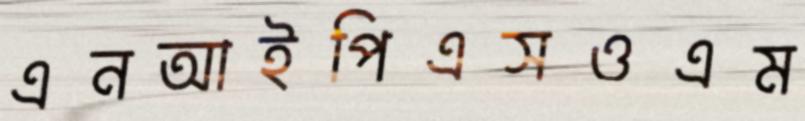
এনআইপিএসওএম